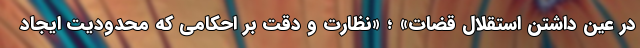
در عین داشتن استقلال قضات» ؛ «نظارت و دقت بر احکامی که محدودیت ایجاد